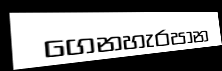
ගෙනහැරපාන